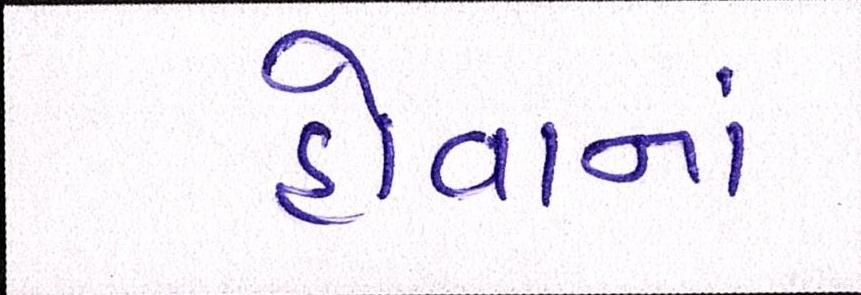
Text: હોવાનાં